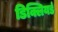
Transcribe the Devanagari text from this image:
डिक्लियर्ड